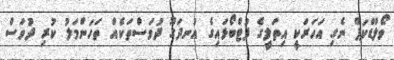
ވޯލްޑްކަޕް ނެގި އަހަރަކީ އިތަލީގެ ފުޓްބޯޅައިގެ އުނދަގޫ ދުވަސްތަކެއް ތަހަންމަލު ކުރި ދުވަސް